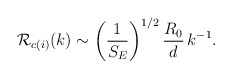
\begin{align*}{\cal R}_{c(i)}(k) \sim \left({1\over S_E}\right)^{1/2}{R_0\over d}\, k^{-1}.\end{align*}